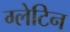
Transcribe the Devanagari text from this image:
ग्लेटिन